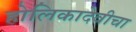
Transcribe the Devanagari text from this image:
होलिकादेवीचा